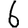
Digit: 6